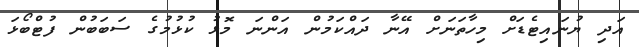
އަދި ޔުނައިޓެޑަށް މިހާތަނަށް އޭނާ ދައްކަމުން އަންނަ މޮޅު ކުޅުމުގެ ސަބަބުން ފުޓްބޯޅަ